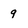
Character: g